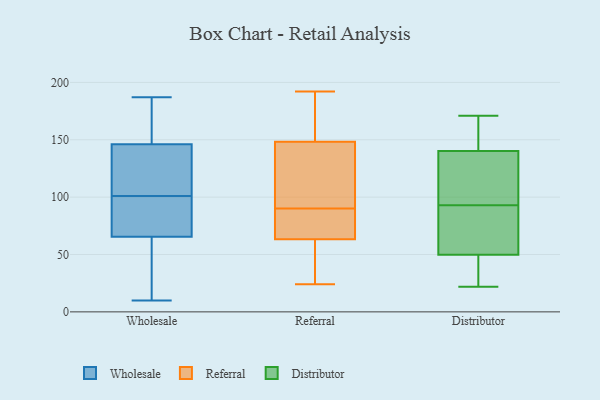
{"axis": {"x": "Bounce Rate (%)", "y": "Value"}, "legend": ["Distributor", "Referral", "Wholesale"], "data": [{"x": "", "y": 64, "type": "Wholesale"}, {"x": "", "y": 187, "type": "Wholesale"}, {"x": "", "y": 67, "type": "Wholesale"}, {"x": "", "y": 50, "type": "Wholesale"}, {"x": "", "y": 127, "type": "Wholesale"}, {"x": "", "y": 145, "type": "Wholesale"}, {"x": "", "y": 116, "type": "Wholesale"}, {"x": "", "y": 168, "type": "Wholesale"}, {"x": "", "y": 176, "type": "Wholesale"}, {"x": "", "y": 70, "type": "Wholesale"}, {"x": "", "y": 97, "type": "Wholesale"}, {"x": "", "y": 74, "type": "Wholesale"}, {"x": "", "y": 134, "type": "Wholesale"}, {"x": "", "y": 157, "type": "Wholesale"}, {"x": "", "y": 10, "type": "Wholesale"}, {"x": "", "y": 105, "type": "Wholesale"}, {"x": "", "y": 28, "type": "Wholesale"}, {"x": "", "y": 147, "type": "Wholesale"}, {"x": "", "y": 70, "type": "Wholesale"}, {"x": "", "y": 50, "type": "Wholesale"}, {"x": "", "y": 160, "type": "Referral"}, {"x": "", "y": 192, "type": "Referral"}, {"x": "", "y": 24, "type": "Referral"}, {"x": "", "y": 129, "type": "Referral"}, {"x": "", "y": 147, "type": "Referral"}, {"x": "", "y": 135, "type": "Referral"}, {"x": "", "y": 139, "type": "Referral"}, {"x": "", "y": 41, "type": "Referral"}, {"x": "", "y": 84, "type": "Referral"}, {"x": "", "y": 90, "type": "Referral"}, {"x": "", "y": 61, "type": "Referral"}, {"x": "", "y": 64, "type": "Referral"}, {"x": "", "y": 73, "type": "Referral"}, {"x": "", "y": 152, "type": "Referral"}, {"x": "", "y": 172, "type": "Referral"}, {"x": "", "y": 73, "type": "Referral"}, {"x": "", "y": 49, "type": "Referral"}, {"x": "", "y": 156, "type": "Distributor"}, {"x": "", "y": 53, "type": "Distributor"}, {"x": "", "y": 70, "type": "Distributor"}, {"x": "", "y": 40, "type": "Distributor"}, {"x": "", "y": 93, "type": "Distributor"}, {"x": "", "y": 100, "type": "Distributor"}, {"x": "", "y": 171, "type": "Distributor"}, {"x": "", "y": 22, "type": "Distributor"}, {"x": "", "y": 88, "type": "Distributor"}, {"x": "", "y": 33, "type": "Distributor"}, {"x": "", "y": 91, "type": "Distributor"}, {"x": "", "y": 135, "type": "Distributor"}, {"x": "", "y": 108, "type": "Distributor"}, {"x": "", "y": 156, "type": "Distributor"}, {"x": "", "y": 31, "type": "Distributor"}, {"x": "", "y": 164, "type": "Distributor"}, {"x": "", "y": 108, "type": "Distributor"}]}